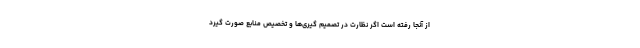
از آنجا رفته است اگر نظارت در تصمیم گیری‌ها و تخصیص منابع صورت گیرد